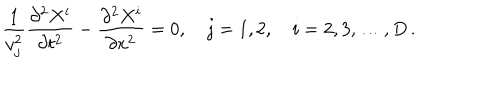
LaTeX: \frac { 1 } { v _ { j } ^ { 2 } } \frac { \partial ^ { 2 } X ^ { i } } { \partial t ^ { 2 } } - \frac { \partial ^ { 2 } X ^ { i } } { \partial x ^ { 2 } } = 0 , \quad j = 1 , 2 , \quad i = 2 , 3 , \dots , D \, { . }